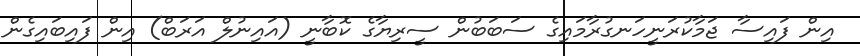
އިން ފައިސާ ޖަމާކުރަނީހަނގުރާމައިގެ ސަބަބުން ސީރިޔާގެ ކޮބާނީ (އައިނުލް އަރަބް) އިން ފައިބައިގެން